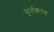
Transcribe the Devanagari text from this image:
मूर्तकरण